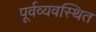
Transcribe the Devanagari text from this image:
पूर्वव्यवस्थित